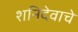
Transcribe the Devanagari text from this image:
शनिदेवाचे